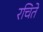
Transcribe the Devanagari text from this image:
रचिते